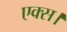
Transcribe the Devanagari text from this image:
एक्स।